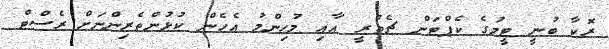
ރޮކާ ބުނީ ޓީމުގެ ކެޕްޓަން ޗެތުރީ އާއި މުހިންމު އެހެން ކުޅުންތެރިންނަށް ރެސްޓް